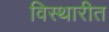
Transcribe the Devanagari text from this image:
विस्थारीत